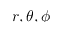
r , \theta , \phi